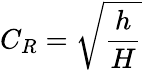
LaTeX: C_{R}={\sqrt{\frac{h}{H}}}